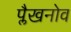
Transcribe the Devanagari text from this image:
प्लैखनोव